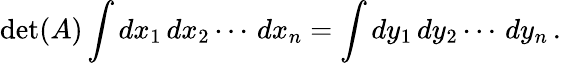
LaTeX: \operatorname*{det}(A)\int dx_{1}\, dx_{2}\cdots\, dx_{n}=\int dy_{1}\, dy_{2}\cdots\, dy_{n}\, .